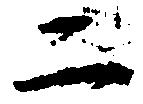
二